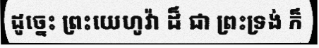
ដូច្នេះ ព្រះយេហូវ៉ា ដ៏ ជា ព្រះទ្រង់ ក៏